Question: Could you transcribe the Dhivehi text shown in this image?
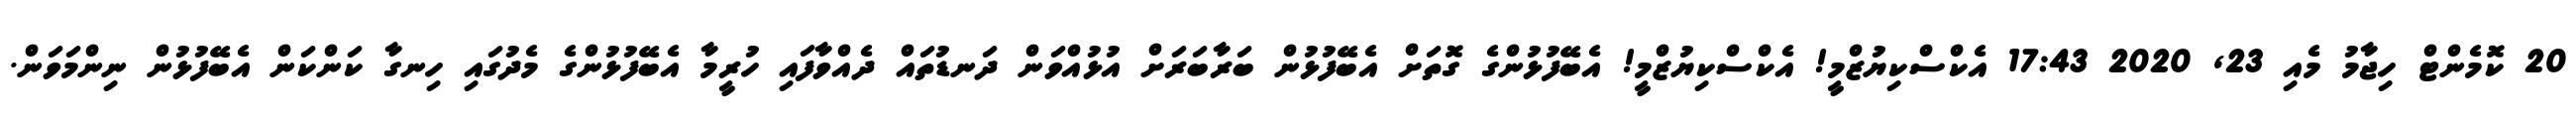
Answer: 20 ކޮމެންޓް ހިޖާމު މެއި 23, 2020 17:43 އެކްސްކިޔުޒްމީ! އެކްސްކިޔުޒްމީ! އެބޭފުޅުންގެ ގޮތަށް އެބޭފުޅުން ބަރާބަރަށް އުޅުއްވަން ދަނޑުތައް ދެއްވާފައި ހުރީމާ އެބޭފުޅުންގެ މެދުގައި ހިނގާ ކަންކަން އެބޭފުޅުން ނިންމަވަން.